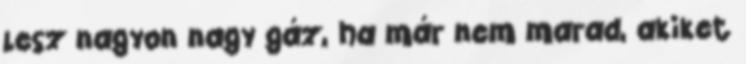
lesz nagyon nagy gáz, ha már nem marad, akiket